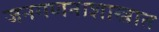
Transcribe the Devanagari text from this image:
जनगणनाशास्त्रात